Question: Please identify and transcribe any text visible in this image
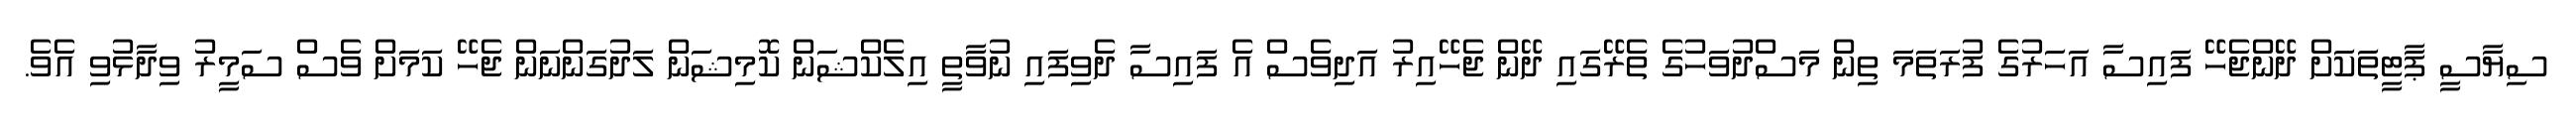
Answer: ސިޔާސީ ޕާޓީތަކަށް ދޭންޖެހޭ ފައިސާ އަހަރުގެ ފުރަތަމަ ތިން މަސްދުވަހުގެ ތެރޭގައި ދޭން ޖެހޭއިރު އަދިވެސް އެ ފައިސާ ދެވިފައި ނުވާތީ އިލެކްޝަން ކޮމިޝަން ލަދުގަންނަން ޖެހޭ ކަމަށް ވެސް ސަމީރު ވިދާޅުވި އެވެ.